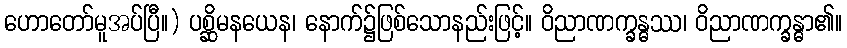
ဟောတော်မူအပ်ပြီ။) ပစ္ဆိမနယေန၊ နောက်၌ဖြစ်သောနည်းဖြင့်။ ဝိညာဏက္ခန္ဓဿ၊ ဝိညာဏက္ခန္ဓာ၏။